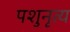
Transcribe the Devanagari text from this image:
पशुनृत्य